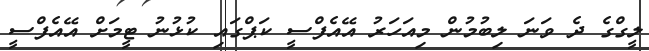
ލީގްގެ ދެ ވަނަ ލިބުމުން މިއަހަރު އޭއެފްސީ ކަޕްގައި ކުޅުނު ޓީމަށް އޭއެފްސީ